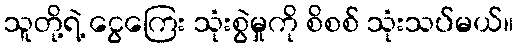
သူတို့ရဲ့ ငွေကြေး သုံးစွဲမှုကို စိစစ် သုံးသပ်မယ်။